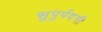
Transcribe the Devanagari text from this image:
सुपुर्पदगी